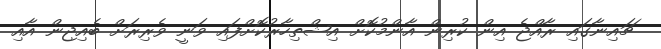
ޗައިނާގައި ރާއްޖެ އިން ކުރިން އާންމުކޮށް އިޝްތިހާރުކޮށްފައި ވަނީ ވެރިރަށް ބެއިޖިން އާއި